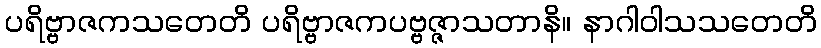
ပရိဗ္ဗာဇကသတေတိ ပရိဗ္ဗာဇကပဗ္ဗဇ္ဇာသတာနိ။ နာဂါဝါသသတေတိ